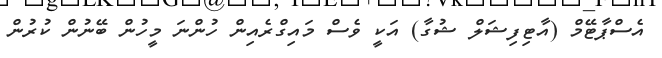
އެސްޕާޓޭމް (އާޓިފިޝަލް ޝުގާ) އަކީ ވެސް މައިގްރެއިން ހުންނަ މީހުން ބޭނުން ކުރުން